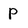
Character: p